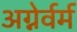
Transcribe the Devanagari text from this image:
अग्नेर्वर्म